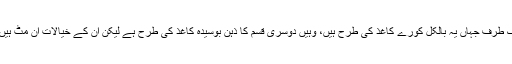
میری قوم کے ذہن کی دو سطحیں ہیں، ایک طرف جہاں یہ بالکل کورے کاغذ کی طرح ہیں، وہیں دوسری قسم کا ذہن بوسیدہ کاغذ کی طرح ہے لیکن ان کے خیالات ان مٹ ہیں، صحیح صرف وہ ہیں، باقی سب غلط ہیں۔